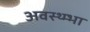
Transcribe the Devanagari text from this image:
अवस्थ्म्भा